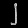
Digit: ၂